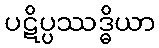
ပဋိပ္ပဿဒ္ဓိယာ